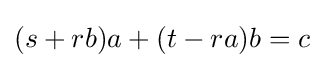
(s+rb)a+(t-ra)b=c